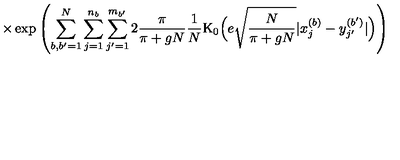
\times \exp \left( \sum _ { b , b ^ { \prime } = 1 } ^ { N } \sum _ { j = 1 } ^ { n _ { b } } \sum _ { j ^ { \prime } = 1 } ^ { m _ { b ^ { \prime } } } 2 \frac { \pi } { \pi + g N } \frac { 1 } { N } \mathrm { K } _ { 0 } \Big ( e \sqrt { \frac { N } { \pi + g N } } | x _ { j } ^ { ( b ) } - y _ { j ^ { \prime } } ^ { ( b ^ { \prime } ) } | \Big ) \right)